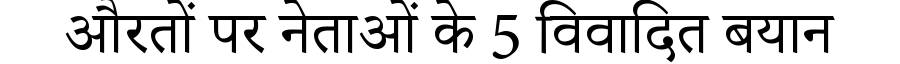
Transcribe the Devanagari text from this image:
औरतों पर नेताओं के 5 विवादित बयान